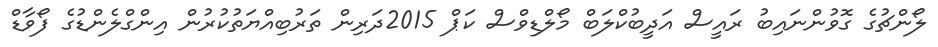
ލޯންޗުގެ ގޮވުންނައިބު ރައީސް އަދީބުކްލަބް މޯލްޑިވްސް ކަޕް 2015ދަރިން ތަރުބިއްޔަތުކުރުން އިންގްލެންޑުގެ ފޯވާޑް